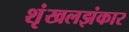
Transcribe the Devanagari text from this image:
शृंखलझंकार